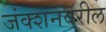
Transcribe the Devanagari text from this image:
जंक्शनवरील